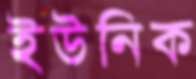
ইউনিক